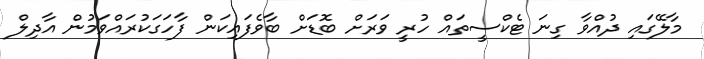
މާލޭގައި ދުއްވާ ގިނަ ޓެކްސީތައް ހުރީ ވަރަށް ބޮޑަށް ބާވެފައިކަން ފާހަގަކުރައްވަމުން އާދިލް